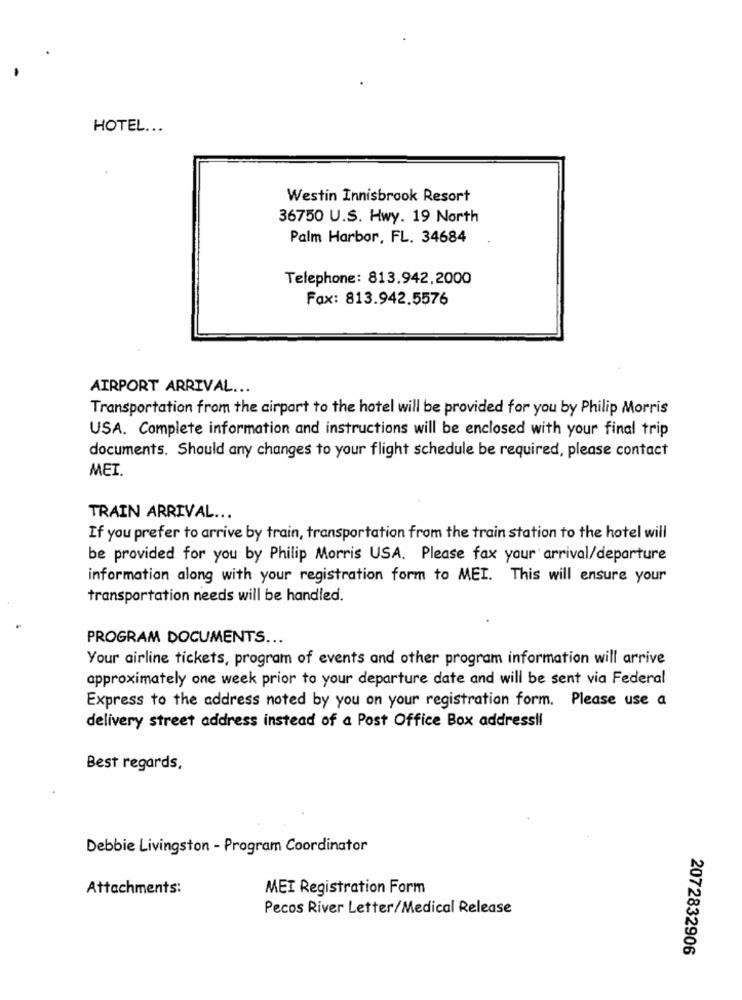
HOTEL ...
Westin Innisbrook Resort
36750 U.S. Hwy. 19 North
Palm Harbor, FL. 34684
Telephone: 813.942.2000
Fax: 813.942.5576
AIRPORT ARRIVAL ...
Transportation from the airport to the hotel will be provided for you by Philip Morris
USA. Complete information and instructions will be enclosed with your final trip
documents. Should any changes to your flight schedule be required, please contact
MET.
TRAIN ARRIVAL ...
If you prefer to arrive by train, transportation from the train station to the hotel will
be provided for you by Philip Morris USA. Please fax your arrival/departure
information along with your registration form to MEI. This will ensure your
transportation needs will be handled.
PROGRAM DOCUMENTS ...
Your airline tickets, program of events and other program information will arrive
approximately one week prior to your departure date and will be sent via Federal
Express to the address noted by you on your registration form. Please use a
delivery street address instead of a Post Office Box addressll
Best regards,
Debbie Livingston - Program Coordinator
Attachments:
MEI Registration Form
Pecos River Letter/Medical Release
2072832906